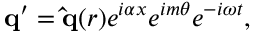
\mathbf { q } ^ { \prime } = \mathbf { \hat { q } } ( r ) e ^ { i \alpha x } e ^ { i m \theta } e ^ { - i \omega t } ,